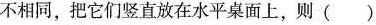
不相同，把它们竖直放在水平桌面上，则( )